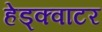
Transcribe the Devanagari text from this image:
हेड्क्वाटर